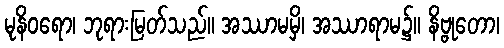
မုနိဝရော၊ ဘုရားမြတ်သည်။ အဿာမမှိ၊ အဿာရာမ၌။ နိဗ္ဗုတော၊